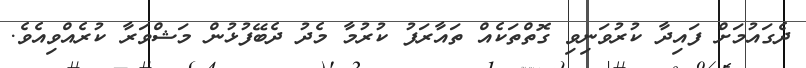
ދެގައުމަށް ފައިދާ ކުރުވަނިވި ގޮތްތަކެއް ތައާރަފު ކުރުމާ މެދު ދެބޭފުޅުން މަޝްވަރާ ކުރެއްވިއެވެ.